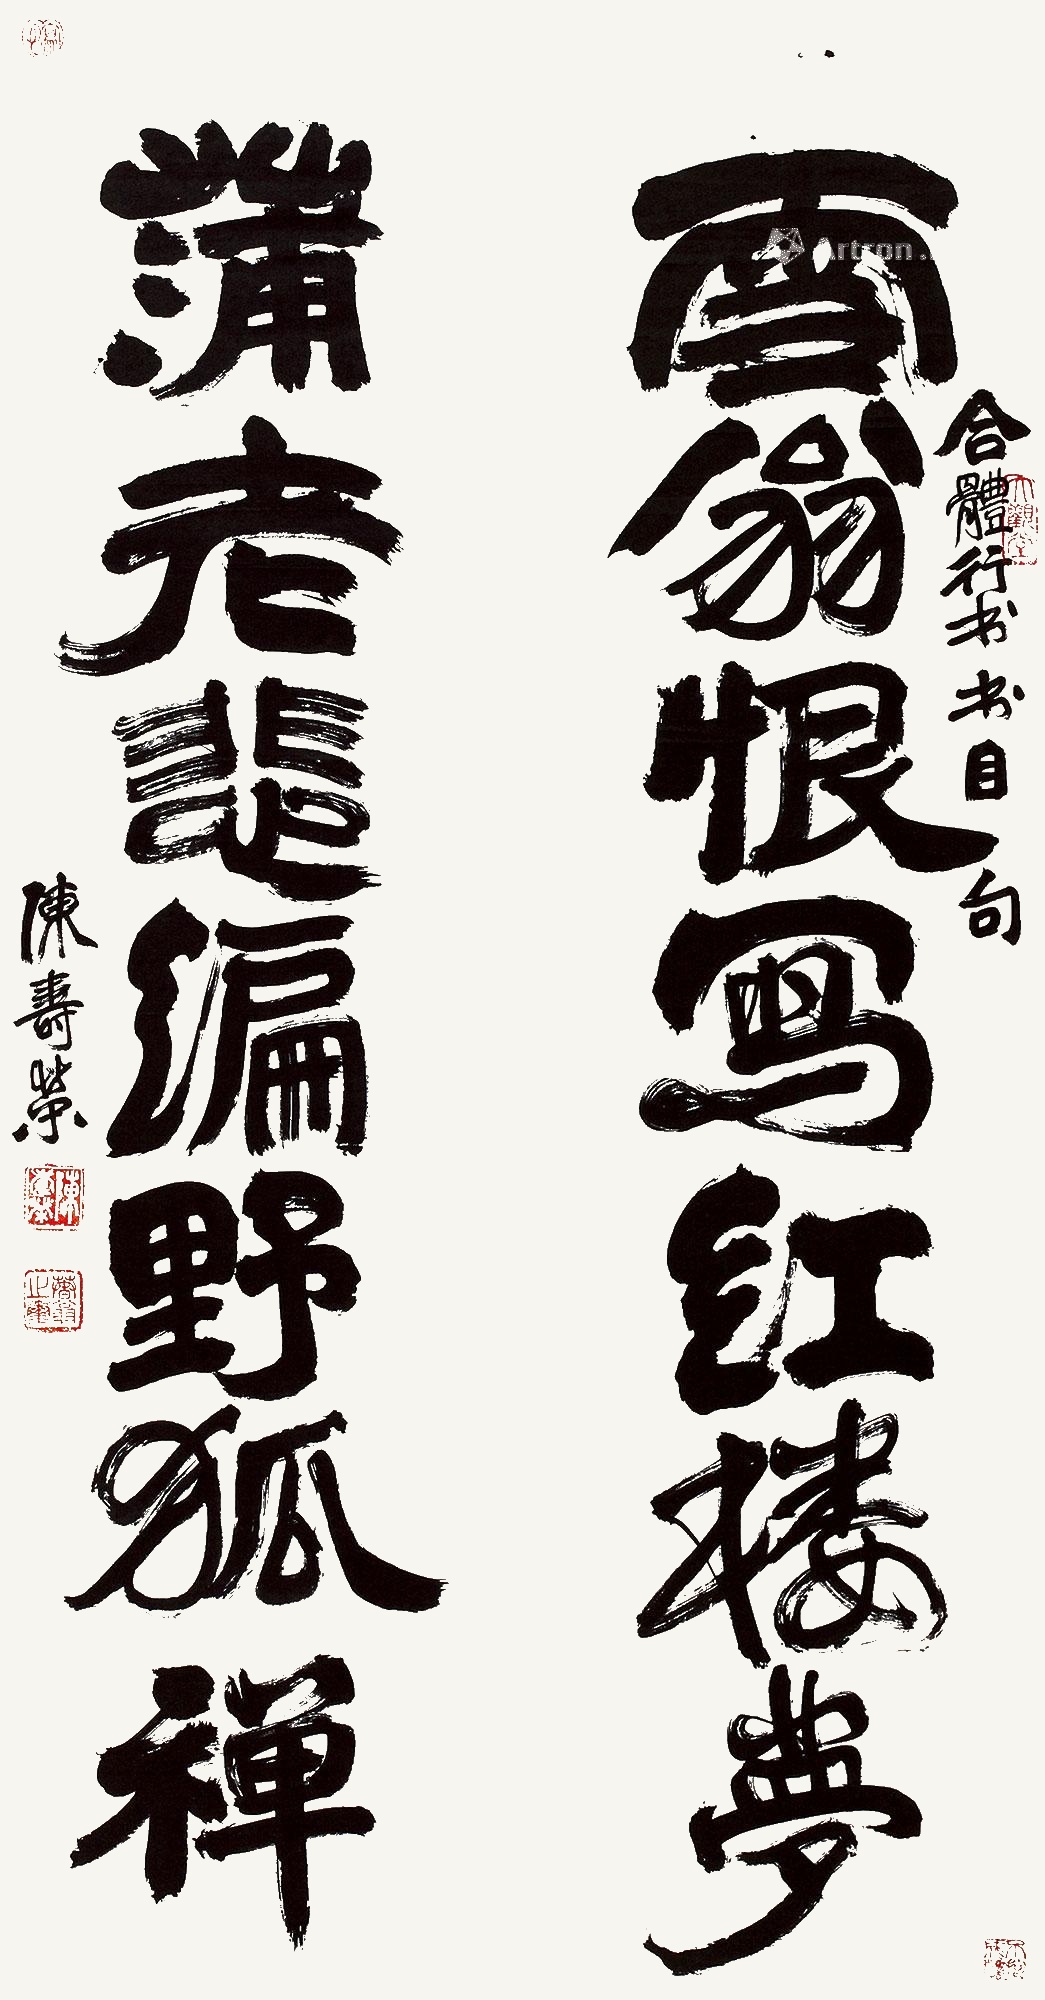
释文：云翁恨写红楼梦，蒲老悲编野狐禅。合体行书书目句，陈寿荣。